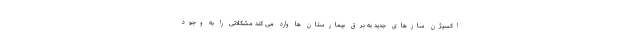
اکسیژن سازهای جدید به برق بیمارستان ها وارد می کند مشکلاتی را به وجود